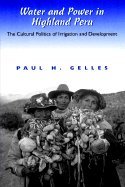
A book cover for Water & Power in Highland Peru Cultural Politics of Irrigation & Development (Paperback, 2000); Science & Math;